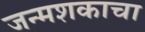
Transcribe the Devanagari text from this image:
जन्मशकाचा